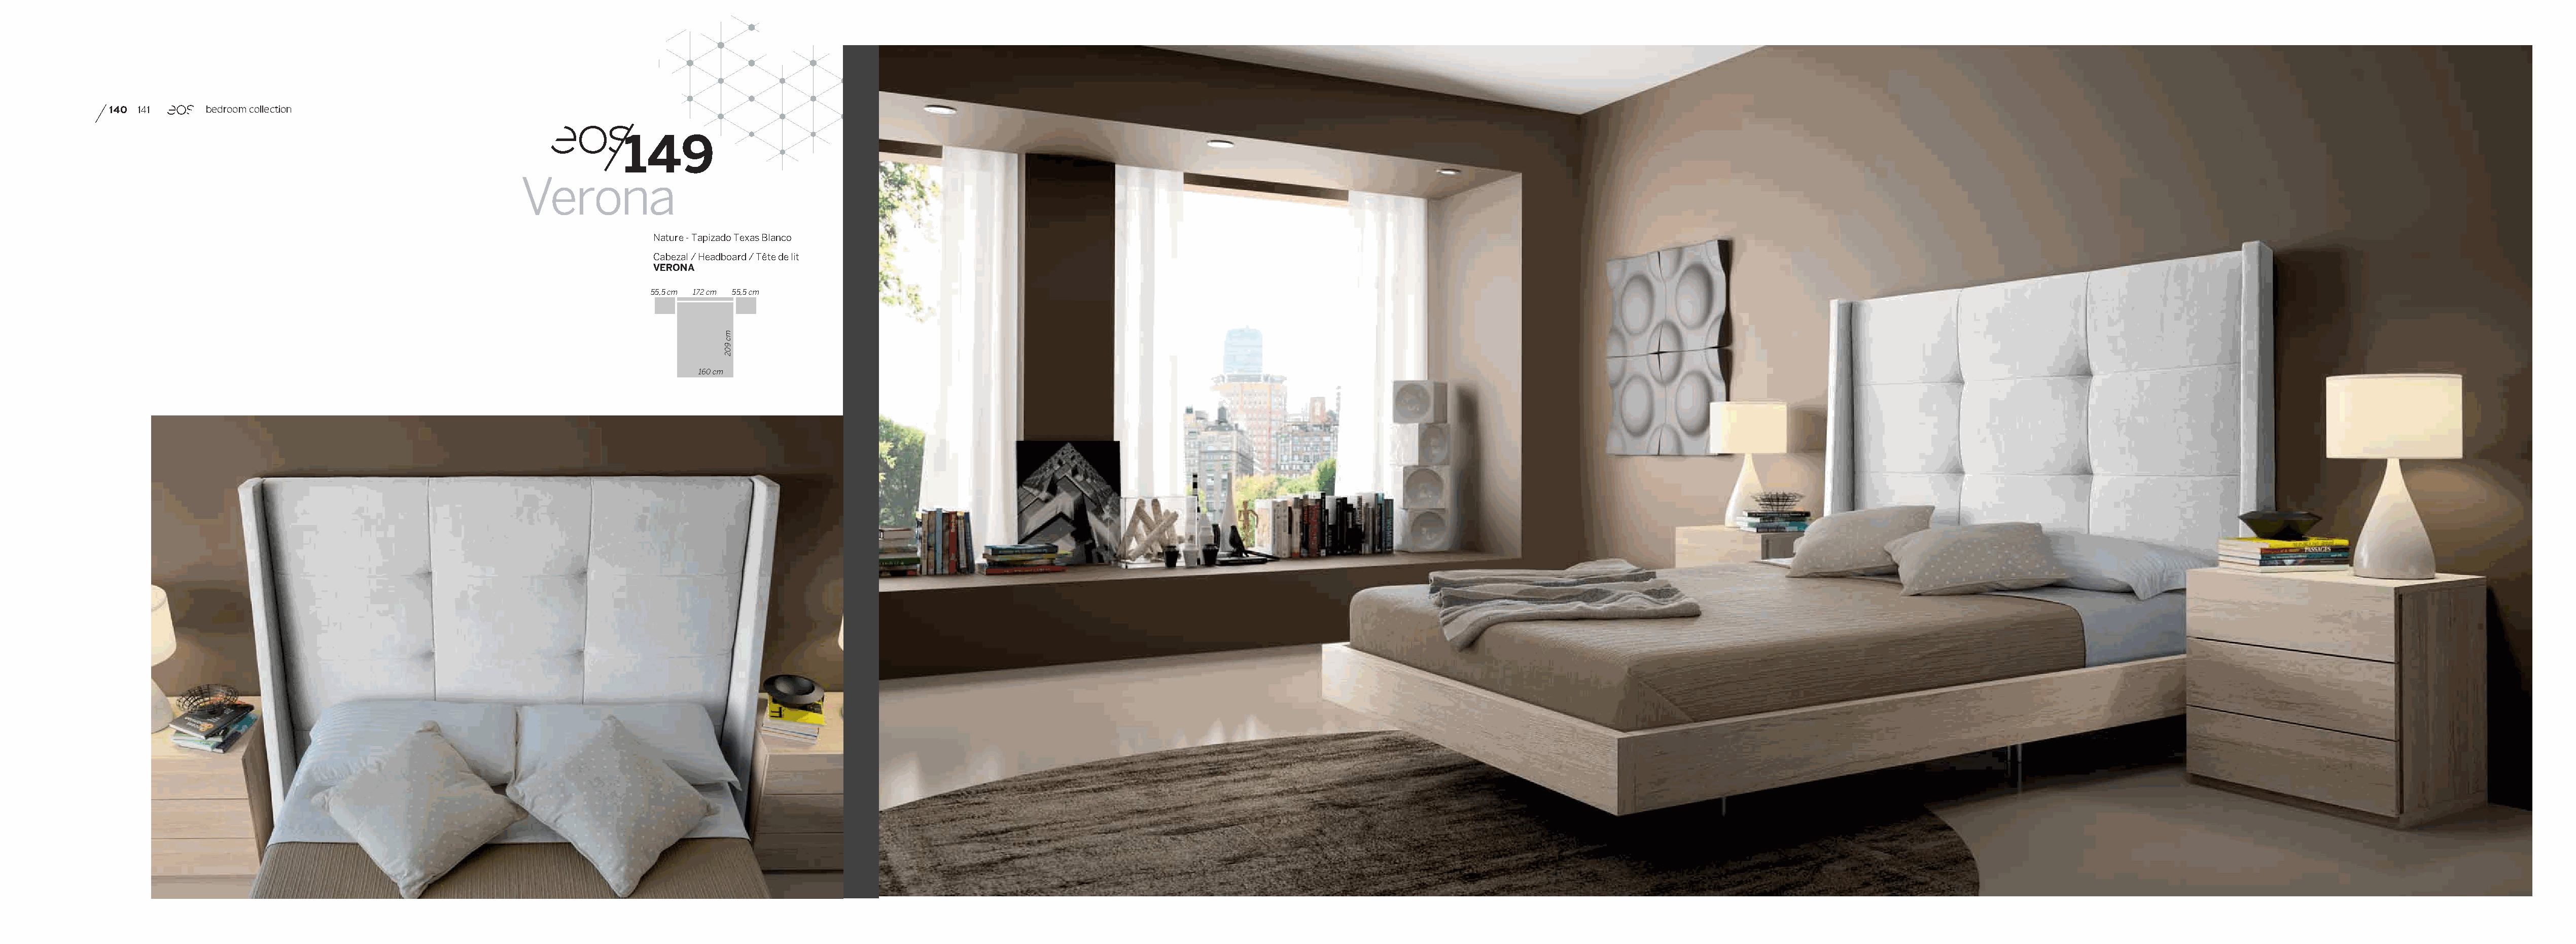
140 141      bedroom collection
 149
 Verona
 Nature - Tapizado Texas Blanco
 Cabezal / Headboard / Tête de lit
 VERONA
 55,5 cm 172 cm 55,5 cm
 160 cm
 mc
 902